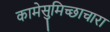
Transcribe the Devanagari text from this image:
कामेसुमिच्छाचारा